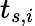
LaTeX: t_{s,i}